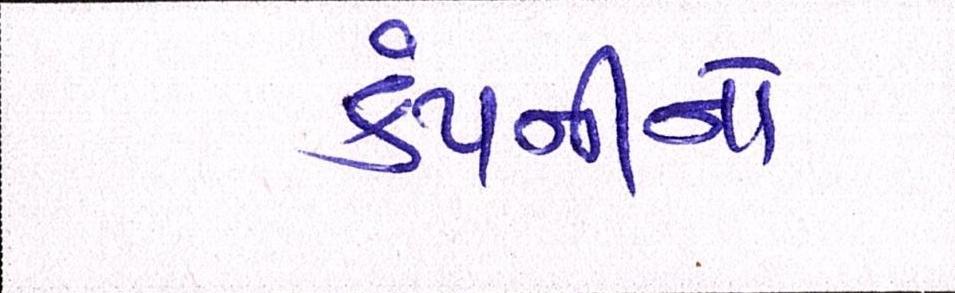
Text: કંપનીનો